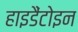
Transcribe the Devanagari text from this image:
हाइडैंटोइन